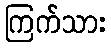
ကြက်သား